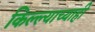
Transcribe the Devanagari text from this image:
किल्ल्याच्याही